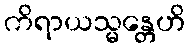
ကိရာယသ္မန္တေဟိ